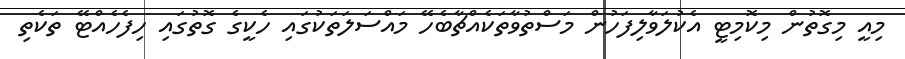
މިއީ މިގޮތުން މިކޮމިޓީ އެކުލަވާލިފަހުން މަސްތުވާތަކެއްޗާބެހޭ މައްސަލަތަކުގައި ހެކީގެ ގޮތުގައި ހިފެހެއްޓޭ ތަކެތި